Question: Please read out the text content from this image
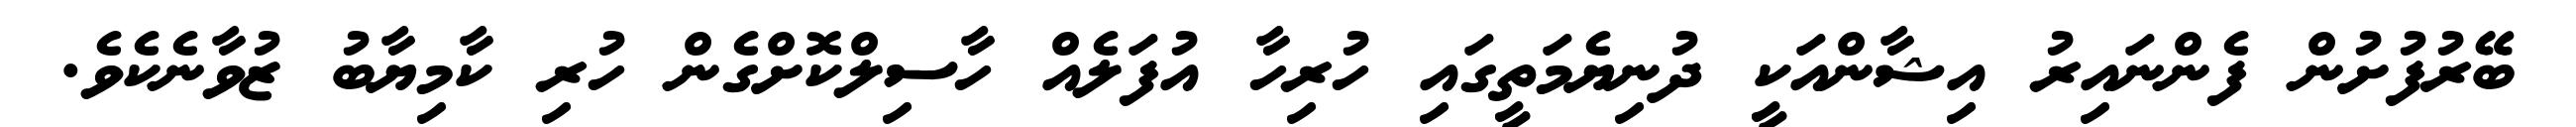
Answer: ބޭރުފުށުން ފެންނައިރު އިޝާންއަކީ ދުނިޔެމަތީގައި ހުރިހާ އުފަލެއް ހާސިލްކޮށްގެން ހުރި ކާމިޔާބު ޒުވާނެކެވެ.